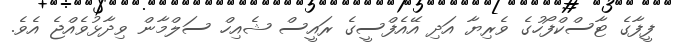
ފީފާގެ ޓާސްކްފޯހުގެ ވެރިޔާ އަދި އޭއެފްސީގެ ރައީސް ޝެއިހް ސަލްމާން ވިދާޅުވެއްޖެ އެވެ.